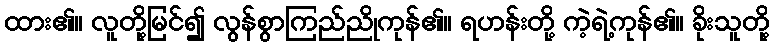
ထား၏။ လူတို့မြင်၍ လွန်စွာကြည်ညိုကုန်၏။ ရဟန်းတို့ ကဲ့ရဲ့ကုန်၏။ ခိုးသူတို့